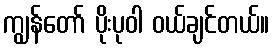
ကျွန်တော် ပိုးပုဝါ ဝယ်ချင်တယ်။